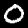
Digit: 0